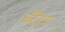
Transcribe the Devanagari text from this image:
बॅरेंट्‌स